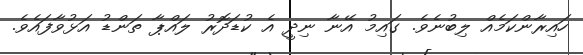
ހައިރާންކަމެއް ލިބުނެވެ. ގައިމު އޭނާ ނިދީ އެ ކުޑަދޮރު ލައްޕާ ތަންޑު އަޅުވާފައެވެ.